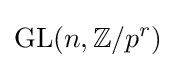
{\text{GL}}(n,\mathbb {Z} /p^{r})